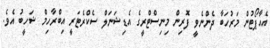
އެއާޕޯޓުން މަރުހަބާ ދެންނެވީ ފޮރިން މިނިސްޓްރީގެ އެޑިޝަނަލް ސެކްރެޓަރީ އިބްރާހިމް ޝަހީބު އެވެ.